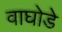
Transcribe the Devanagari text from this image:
वाघोडे